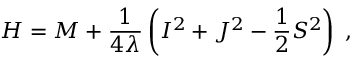
H = M + \frac { 1 } { 4 \lambda } \left( I ^ { 2 } + J ^ { 2 } - \frac { 1 } { 2 } S ^ { 2 } \right) \; ,